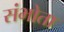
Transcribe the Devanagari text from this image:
संभोता